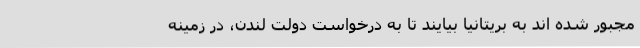
مجبور شده اند به بریتانیا بیایند تا به درخواست دولت لندن، در زمینه